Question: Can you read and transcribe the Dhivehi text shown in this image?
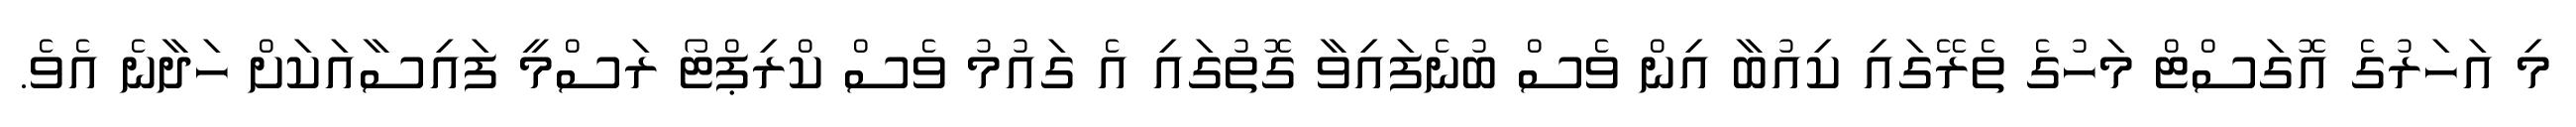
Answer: މި އަހަރުގެ އޮގަސްޓް މަހުގެ ތެރޭގައި ކިއުބާ އިން ވެސް ބުނެފައިވާ ގޮތުގައި އެ ގައުމު ވެސް ކްރިޕްޓޯ ރަސްމީ ފައިސާއަކަށް ހަދާނެ އެވެ.